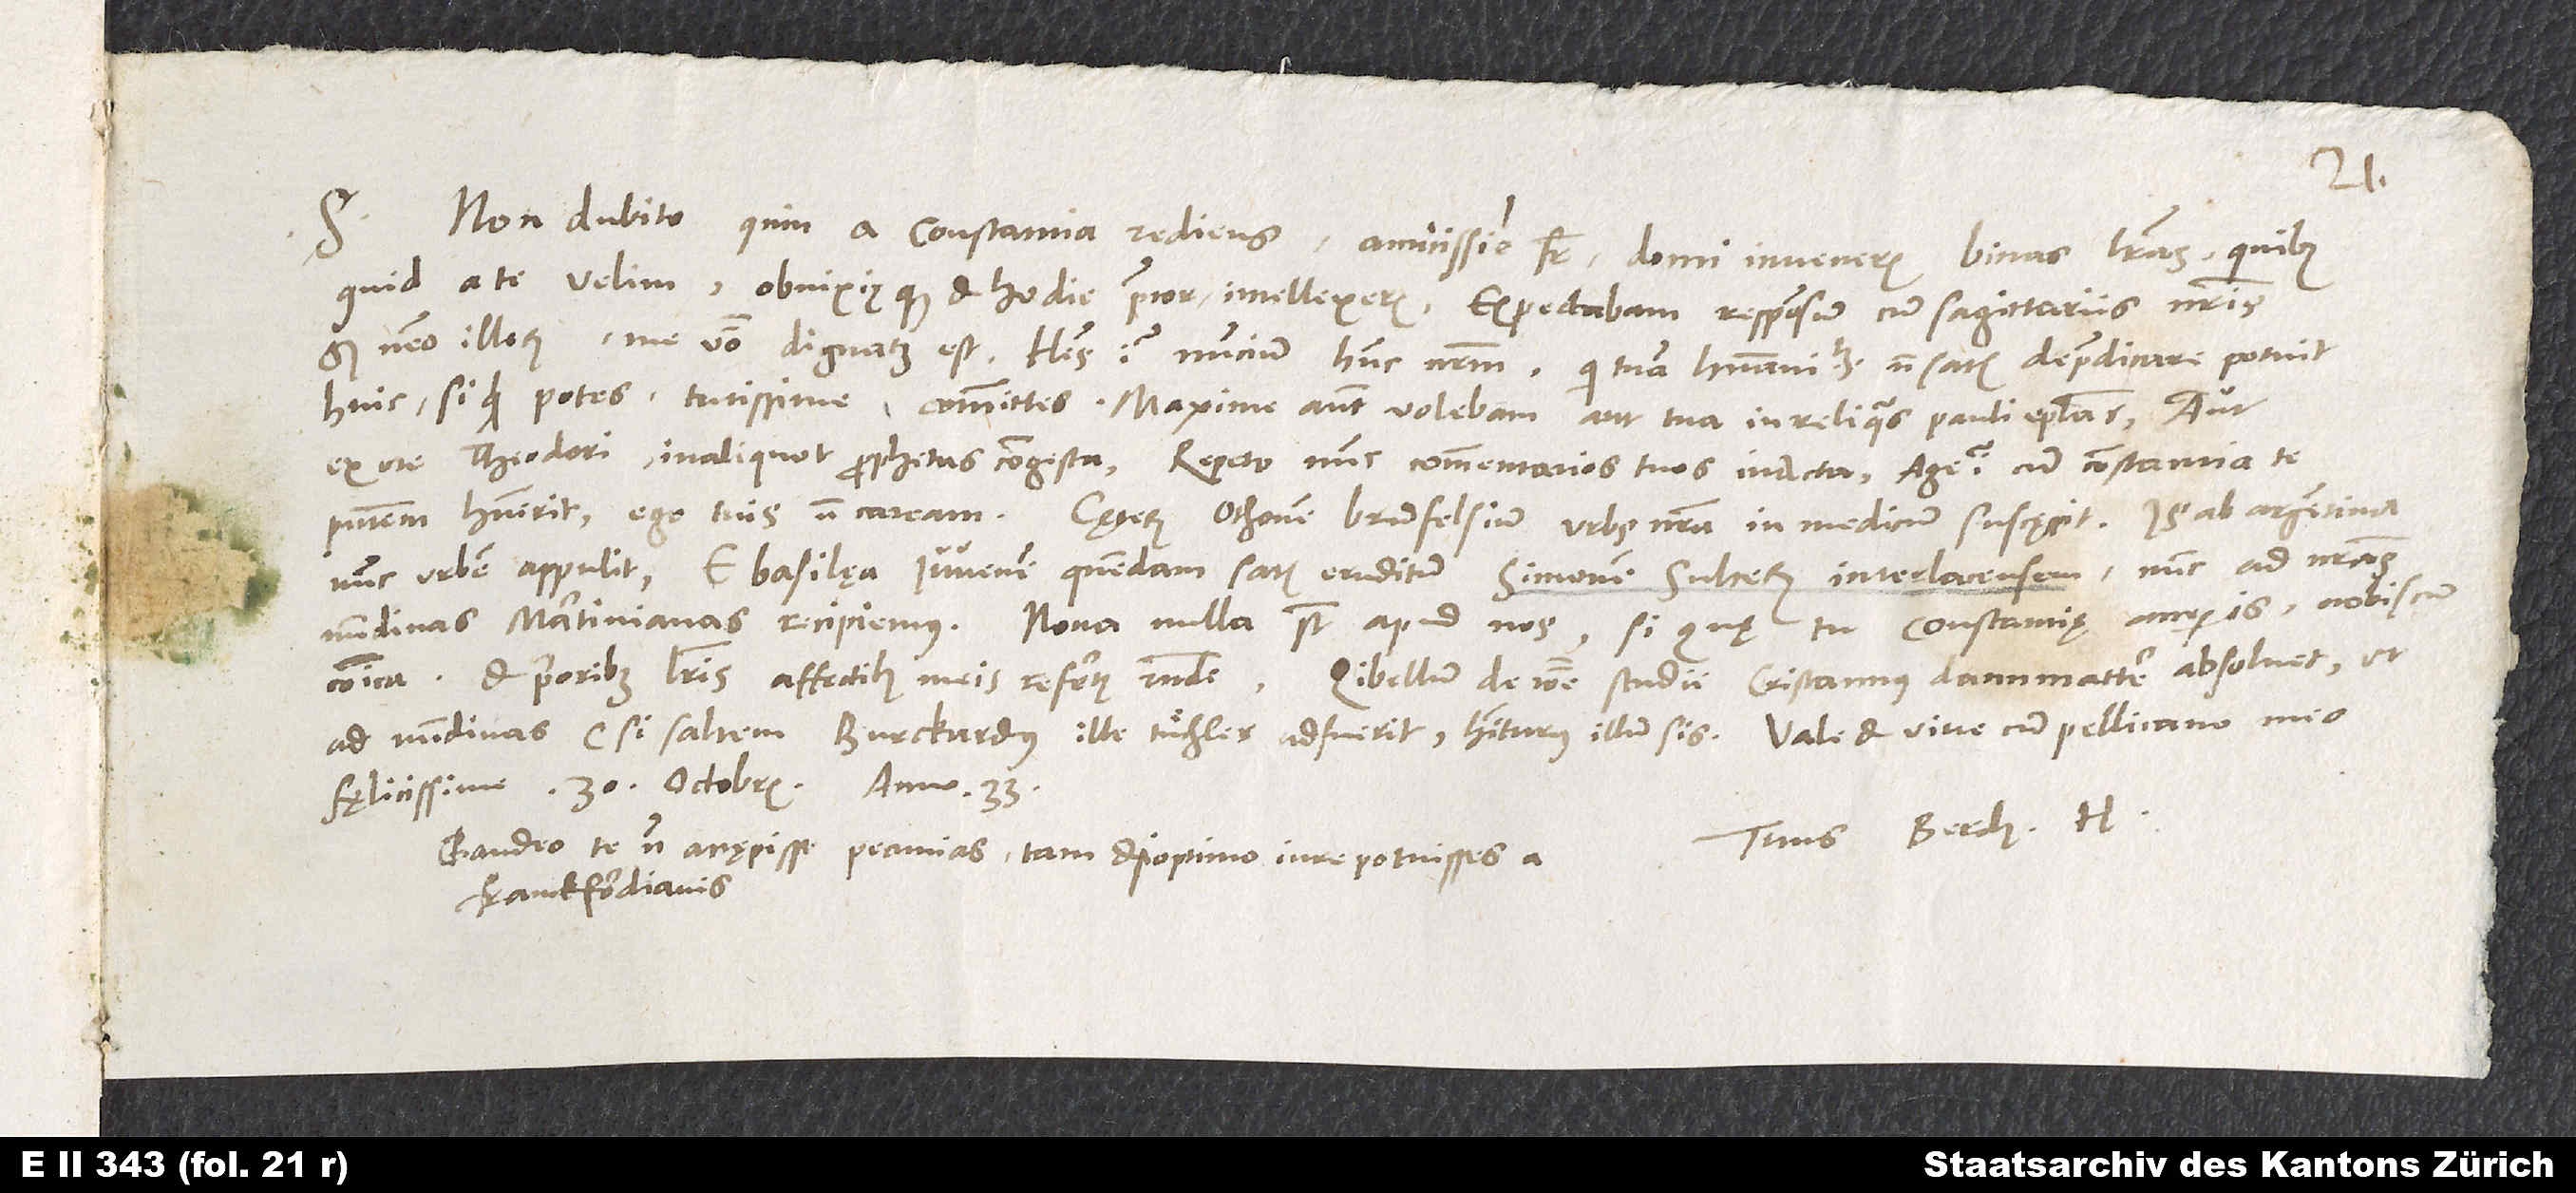
Non dubito, quin a Constantia rediens, amicissime frater, domi inveneris binas literas, quibus
quid a te velim obnixiusque et hodie precor, intellexeris. Expectabam responsum cum sagittariis nostris,
sed nemo illorum me verbo dignatus est. Habes igitur nuncium hunc nostrum, qui tuam humanitatem non satis depraedicare potuit.
Huic, si quid potes, tutissime committes. Maxime autem volebam aut tua in reliquas Pauli epistolas aut
ex ore Theodori in aliquot prophetas congesta. Repeto nunc commentarios tuos in Acta. Age igitur, cum Constantia te
nunc urbem appulit. E Basilęa iuvenem quendam satis eruditum Simonem Sulcerum Interlacensem nunc ad nostras
communica et prioribus literis affectibus meis refertis responde. Libellum de ratione studii Cristannus Dannmatter absolvet, ut
Tuus Berch. H.
Gaudeo te non accępisse pecunias, tametsi optimo iure potuisses, a
Franckfordianis..